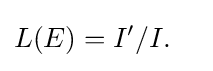
{\begin{aligned}L(E)&=I'/I.\end{aligned}}